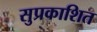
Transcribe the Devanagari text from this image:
सुप्रकाशित